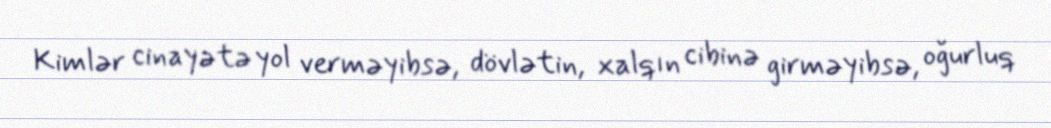
Kimlər cinayətə yol verməyibsə, dövlətin, xalqın cibinə girməyibsə, oğurluq